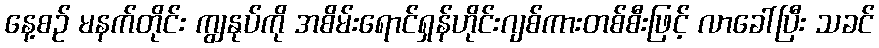
နေ့စဉ် မနက်တိုင်း ကျွနုပ်ကို အစိမ်းရောင်ရှန်ဟိုင်းဂျစ်ကားတစ်စီးဖြင့် လာခေါ်ပြီး သခင်